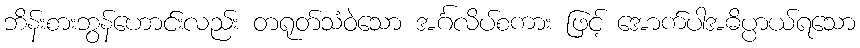
ဘိန်းစားဘွန်ဟောင်းလည်း တရုတ်သံဝဲသော အင်္ဂလိပ်စကား ဖြင့် အောက်ပါအဓိပ္ပာယ်ရသော